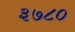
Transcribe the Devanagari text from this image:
३७८०